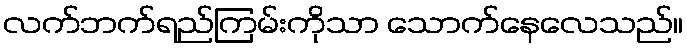
လက်ဘက်ရည်ကြမ်းကိုသာ သောက်နေလေသည်။